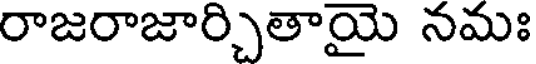
రాజరాజార్చితాయై నమః